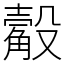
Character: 觳